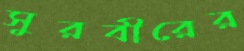
সুরবীরের